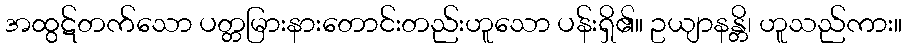
အထွဋ်တက်သော ပတ္တမြားနားတောင်းတည်းဟူသော ပန်းရှိ၏။ ဥယျာနန္တိ၊ ဟူသည်ကား။